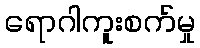
ရောဂါကူးစက်မှု